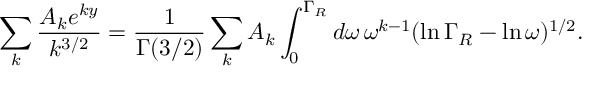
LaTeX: \sum _ { k } \frac { A _ { k } e ^ { k y } } { k ^ { 3 / 2 } } = \frac { 1 } { \Gamma ( 3 / 2 ) } \sum _ { k } A _ { k } \int _ { 0 } ^ { \Gamma _ { R } } d \omega \, \omega ^ { k - 1 } ( \ln \Gamma _ { R } - \ln \omega ) ^ { 1 / 2 } .